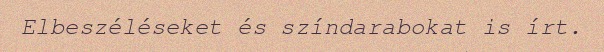
Elbeszéléseket és színdarabokat is írt.